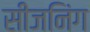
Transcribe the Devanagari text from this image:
सीजनिंग